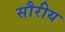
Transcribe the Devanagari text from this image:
सौरीय